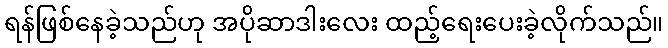
ရန်ဖြစ်နေခဲ့သည်ဟု အပိုဆာဒါးလေး ထည့်ရေးပေးခဲ့လိုက်သည်။